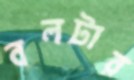
বলটার